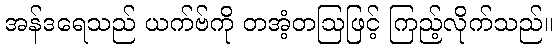
အန်ဒရေသည် ယက်ဗ်ကို တအံ့တဩဖြင့် ကြည့်လိုက်သည်။